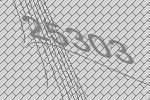
25303